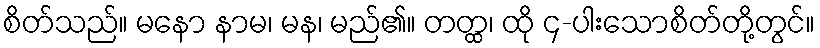
စိတ်သည်။ မနော နာမ၊ မန၊ မည်၏။ တတ္ထ၊ ထို ၄-ပါးသောစိတ်တို့တွင်။